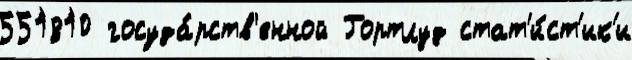
551810 госуда́рств'енной Гортлуд стат'и́ст'ик'и